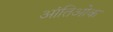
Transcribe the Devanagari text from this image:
आंतिओक